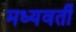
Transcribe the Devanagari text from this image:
मध्‍यवर्ती